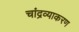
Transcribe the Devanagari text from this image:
चांद्रव्याकरण